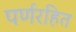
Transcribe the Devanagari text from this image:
पर्णरहित